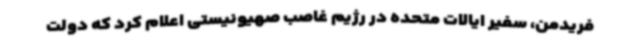
فریدمن، سفیر ایالات متحده در رژیم غاصب صهیونیستی اعلام کرد که دولت